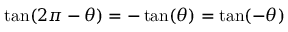
\tan ( 2 \pi - \theta ) = - \tan ( \theta ) = \tan ( - \theta )